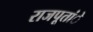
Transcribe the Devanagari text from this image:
राजपूतांे